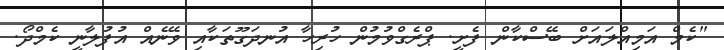
"ކެމް އަމިއްލައަށް ބޭސްކާން ފެށީ. ޕްރެގްވުމުން ހުރިހާ އުނދަގޫތަކާއި ވޭނެއް އުފުލާނީ ކެމްދޯ.